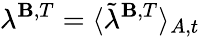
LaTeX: \lambda^{\mathbf{B},T}=\langle\tilde{{\lambda}}^{\mathbf{B},T}\rangle_{A,t}